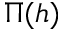
\Pi ( h )